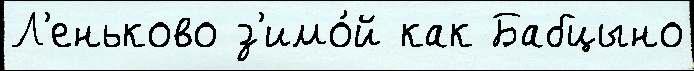
Л'еньково з'имо́й как Бабцыно